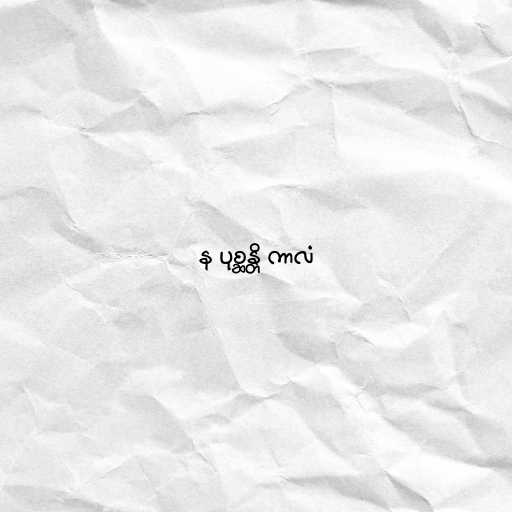
န ပုစ္ဆန္တိ ကာလံ